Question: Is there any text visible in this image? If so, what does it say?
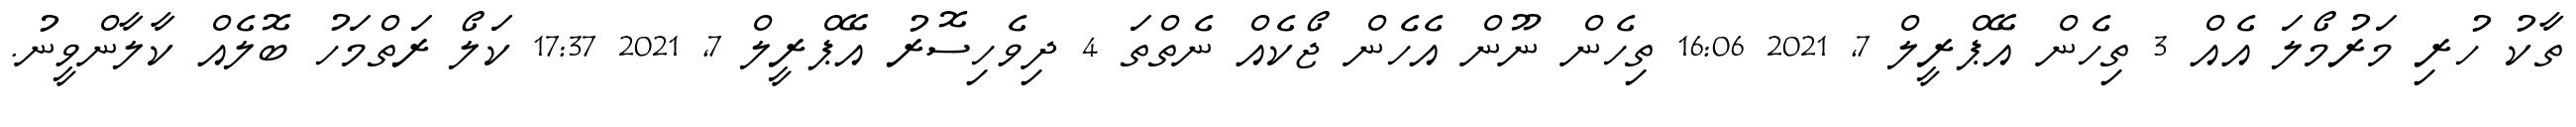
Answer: ތާކު ހުރި މަރުމޯލަ އެއް 3 ތިހެން އޭޕްރީލް 7, 2021 16:06 ތިހެން ނޫން އެހެން ޖޯކެއް ނެތްތަ 4 ދިވެހިސޮރު އޭޕްރީލް 7, 2021 17:37 ކަލޯ ރަތްމަހު ބޮލެއް ކާލާންވީނު.